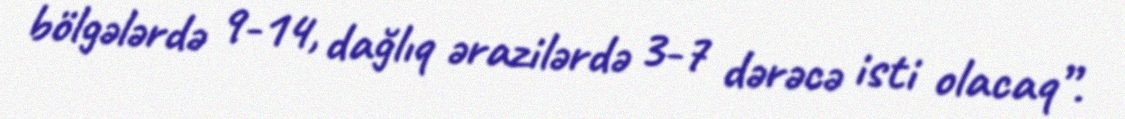
bölgələrdə 9-14, dağlıq ərazilərdə 3-7 dərəcə isti olacaq”.